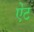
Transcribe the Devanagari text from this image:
ऐंट